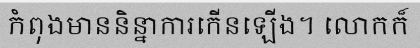
កំពុងមាននិន្នាការកើនឡើង។ លោកក៏